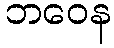
ဘဝေန